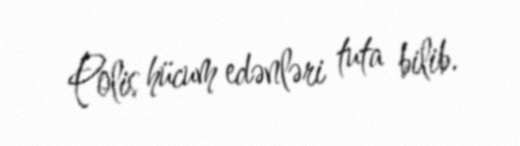
Polis hücum edənləri tuta bilib.